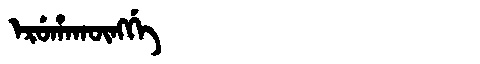
Manchu: ᡝᡵᡠᡥᠠᡴᡡᠩᡤᡝ
Romanization: ERUHAKŪNGGE